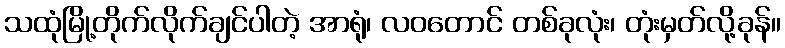
သထုံမြို့တိုက်လိုက်ချင်ပါတဲ့ အာရုံ၊ လဝတောင် တစ်ခုလုံး၊ တုံးမှတ်လို့ခုန်။